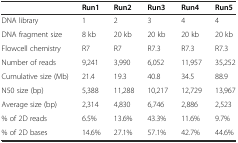
|  | Run1 | Run2 | Run3 | Run4 | Run5 |
 | --- | --- | --- | --- | --- | --- |
 | DNA library | 1 | 2 | 3 | 4 | 4 |
 | DNA fragment size | 8 kb | 20 kb | 20 kb | 20 kb | 20 kb |
 | Flowcell chemistry | R7 | R7 | R7.3 | R7.3 | R7.3 |
 | Number of reads | 9,241 | 3,990 | 6,052 | 11,957 | 35,252 |
 | Cumulative size (Mb) | 21.4 | 19.3 | 40.8 | 34.5 | 88.9 |
 | N50 size (bp) | 5,388 | 11,288 | 10,217 | 12,729 | 13,967 |
 | Average size (bp) | 2,314 | 4,830 | 6,746 | 2,886 | 2,523 |
 | % of 2D reads | 6.5% | 13.6% | 43.3% | 11.6% | 9.7% |
 | % of 2D bases | 14.6% | 27.1% | 57.1% | 42.7% | 44.6% |